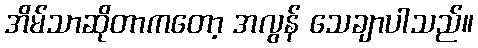
အိမ်သာဆိုတာကတော့ အလွန် သေချာပါသည်။